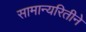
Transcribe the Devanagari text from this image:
सामान्यरितीने